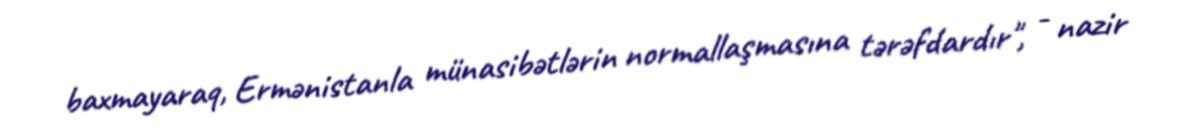
baxmayaraq, Ermənistanla münasibətlərin normallaşmasına tərəfdardır", - nazir